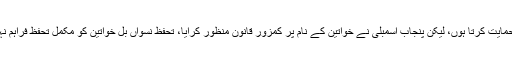
پنجاب میں تحفظ حقوق نسواں بِل کے حوالے سے ان کا کہنا تھا کہ میں اس بِل کی حمایت کرتا ہوں، لیکن پنجاب اسمبلی نے خواتین کے نام پر کمزور قانون منظور کرایا، تحفظ نسواں بل خواتین کو مکمل تحفظ فراہم نہیں کرتا اور آج تحفظ خواتین بل پر ’شو باز شریف‘ کو گ±ھٹنے ٹیکنا پڑ رہے ہیں۔